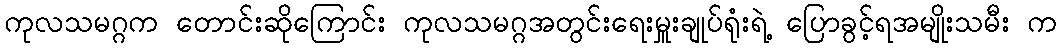
ကုလသမဂ္ဂက တောင်းဆိုကြောင်း ကုလသမဂ္ဂအတွင်းရေးမှူးချုပ်ရုံးရဲ့ ပြောခွင့်ရအမျိုးသမီး က